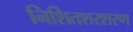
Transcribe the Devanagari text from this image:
निशितशरशरण